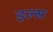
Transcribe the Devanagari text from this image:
इल्स